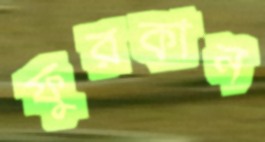
ফুরকান